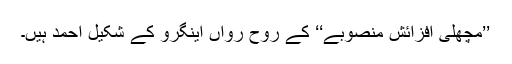
’’مچھلی افزائش منصوبے‘‘ کے روح رواں اینگرو کے شکیل احمد ہیں۔